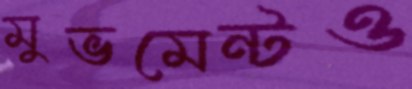
মুভমেন্টও